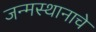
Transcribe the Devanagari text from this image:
जन्मस्थानाचे